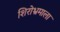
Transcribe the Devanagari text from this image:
शिरोभ्रमाला